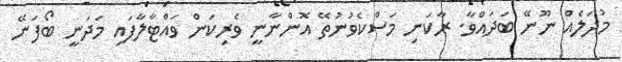
މުދަލެއް ނޫނޭ ބަދައްވާ. ރާކަނި މަސްކެވުނުތޭ އޮންނާނީ ވެރިކަން ވައްޓާލާފައި މަދަނީ ބޯފަނޭ